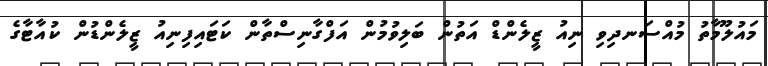
މައުލޫމާތު މުއްސަނދިވި ނިއު ޒީލެންޑް އަތުން ބަލިވުމުން އަފްގާނިސްތާން ކަޓައިފިނިއު ޒީލެންޑުން ކުއާޓާގެ